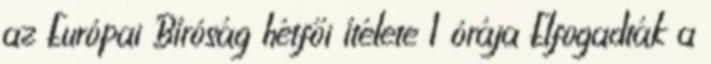
az Európai Bíróság hétfői ítélete 1 órája Elfogadták a